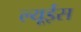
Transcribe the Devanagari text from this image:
ल्यूईस